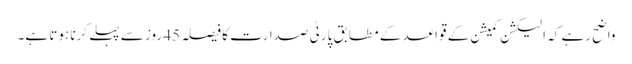
واضح رہے کہ الیکشن کمیشن کے قواعد کے مطابق پارٹی صدارت کا فیصلہ 45 روز سے پہلے کرنا ہوتا ہے۔